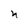
Character: n